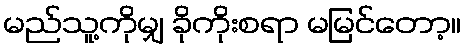
မည်သူ့ကိုမျှ ခိုကိုးစရာ မမြင်တော့။